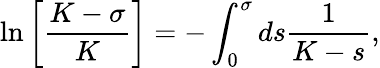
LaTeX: \ln\left[\frac{K-\sigma}{K}\right]=-\int_{0}^{\sigma}ds\frac{1}{K-s},